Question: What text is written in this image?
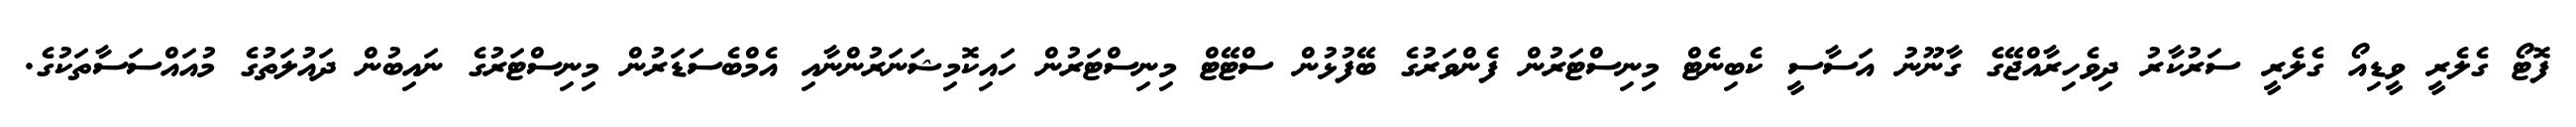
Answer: ފޮޓޯ ގެލެރީ ވީޑިއޯ ގެލެރީ ސަރުކާރު ދިވެހިރާއްޖޭގެ ގާނޫނު އަސާސީ ކެބިނެޓް މިނިސްޓަރުން ފެންވަރުގެ ބޭފުޅުން ސްޓޭޓް މިނިސްޓަރުން ހައިކޮމިޝަނަރުންނާއި އެމްބެސަޑަރުން މިނިސްޓަރުގެ ނައިބުން ދައުލަތުގެ މުއައްސަސާތަކުގެ.